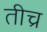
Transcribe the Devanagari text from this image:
तीच्र